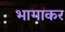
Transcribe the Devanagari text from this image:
भागाकर